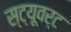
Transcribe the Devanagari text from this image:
स्ट्यूवर्ट